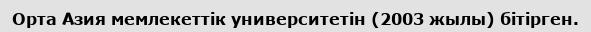
Орта Азия мемлекеттік университетін (2003 жылы) бітірген.